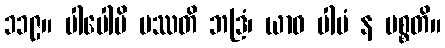
၁၁၉။ ပါပေါပိ ပဿတိ ဘဒြံ၊ ယာဝ ပါပံ န ပစ္စတိ။